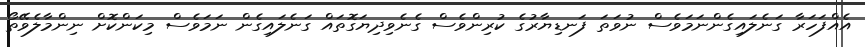
އެއްފަހަރާ ގަނެލައިގެންނަމަވެސް ނުވަތަ ފަނޑިޔާރުގެ ކުރިންވެސް ގެނެވިދިޔަގޮތައް ގަނެލައިގެން ނަމަވެސް މިކަންކޮށް ނިންމާލެވޭތޯ